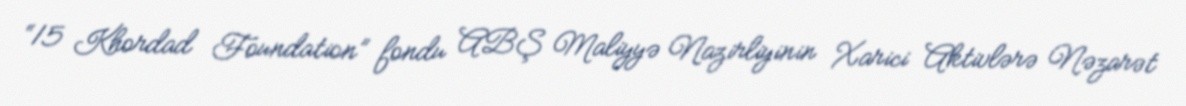
“15 Khordad Foundation” fondu ABŞ Maliyyə Nazirliyinin Xarici Aktivlərə Nəzarət